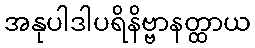
အနုပါဒါပရိနိဗ္ဗာနတ္ထာယ